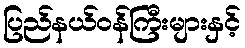
ပြည်နယ်ဝန်ကြီးများနှင့်